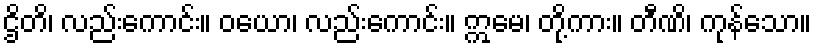
ဌိတိ၊ လည်းကောင်း။ ဝယော၊ လည်းကောင်း။ ဣမေ၊ တို့ကား။ တီဏိ၊ ကုန်သော။